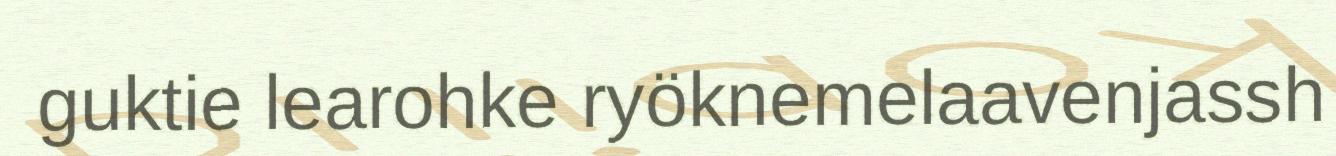
guktie learohke ryöknemelaavenjassh